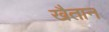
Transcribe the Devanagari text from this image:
खैतान